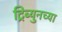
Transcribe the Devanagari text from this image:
ट्रिब्युनच्या